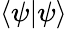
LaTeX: {\langle{\psi}|{\psi}\rangle}